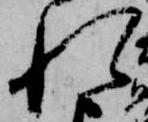
れ